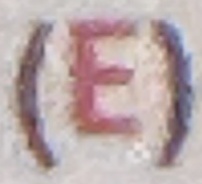
(E)